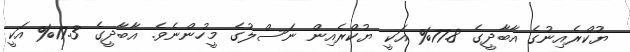
ޔުކްރެއިނުގެ އާބާދީގެ 77.8% އަކީ ޔުކްރެއިން ނަސްލުގެ މީހުންނެވެ. އާބާދީގެ 17.3% އަކީ